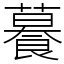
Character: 𦿉